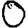
Digit: 0